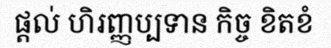
ផ្តល់ ហិរញ្ញប្បទាន កិច្ច ខិតខំ